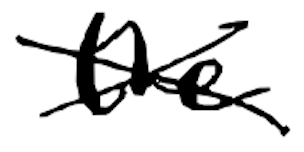
Text: the
Cross-out: cross
Writing tool: digital_black